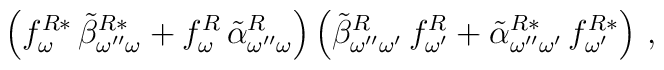
\left(f_{\omega}^{R*}\,\tilde{\beta}_{\omega''\omega}^{R*} +f_{\omega}^{R}\,\tilde{\alpha}_{\omega''\omega}^{R} \right)\left(\tilde{\beta}_{\omega''\omega'}^{R}\,f_{\omega'}^{R} +\tilde{\alpha}_{\omega''\omega'}^{R*}\,f_{\omega'}^{R*} \right) \,,